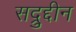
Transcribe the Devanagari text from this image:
सद्रुद्दीन